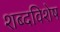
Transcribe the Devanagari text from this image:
शब्दविशेष